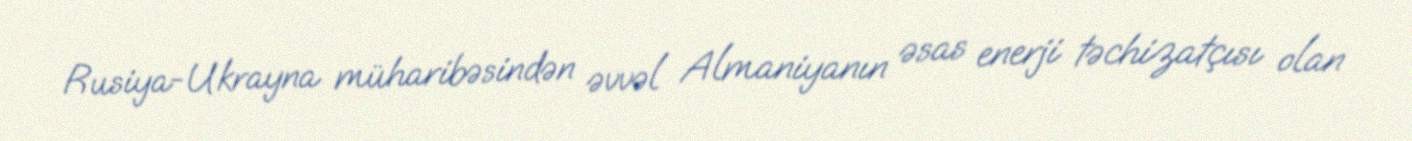
Rusiya-Ukrayna müharibəsindən əvvəl Almaniyanın əsas enerji təchizatçısı olan